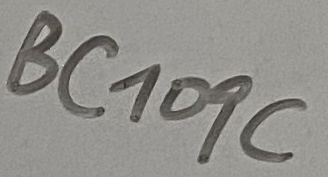
Text: BC109C